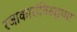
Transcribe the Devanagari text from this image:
रजाकारांविरुद्धच्या